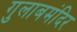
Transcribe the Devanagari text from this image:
गुलाबमंदिर